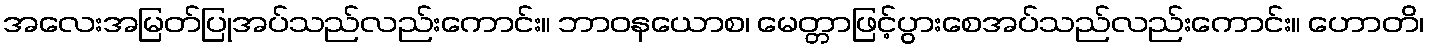
အလေးအမြတ်ပြုအပ်သည်လည်းကောင်း။ ဘာဝနယောစ၊ မေတ္တာဖြင့်ပွားစေအပ်သည်လည်းကောင်း။ ဟောတိ၊